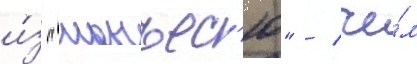
и́з "манъес'ю" / че́м